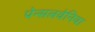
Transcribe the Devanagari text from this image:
पेन्सलवेनिया